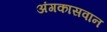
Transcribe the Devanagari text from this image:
अंगकासवान